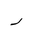
Letter: _ra